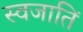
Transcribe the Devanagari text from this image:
स्वजातिं